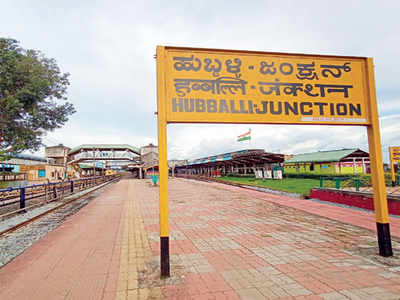
Language: kannada
Transcription: ಹುಬ್ಬಳ್ಳಿ ಜಂಕ್ಷನ್